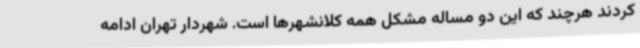
کردند هرچند که این دو مساله مشکل همه کلانشهرها است. شهردار تهران ادامه